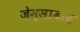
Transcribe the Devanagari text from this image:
जेम्साबाद